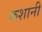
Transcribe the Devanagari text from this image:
कशानी